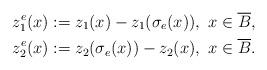
LaTeX: \begin{align*}\begin{aligned} z_1^e(x)&:=z_1(x)-z_1(\sigma_e(x)),\ x\in \overline{B},\\ z_2^e(x)&:=z_2(\sigma_e(x))-z_2(x),\ x\in \overline{B}.\end{aligned}\end{align*}